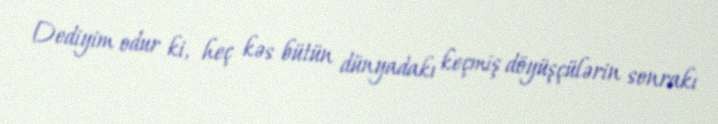
Dediyim odur ki, heç kəs bütün dünyadakı keçmiş döyüşçülərin sonrakı